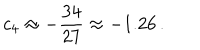
c _ { 4 } \approx - \frac { 3 4 } { 2 7 } \approx - 1 . 2 6 \, .